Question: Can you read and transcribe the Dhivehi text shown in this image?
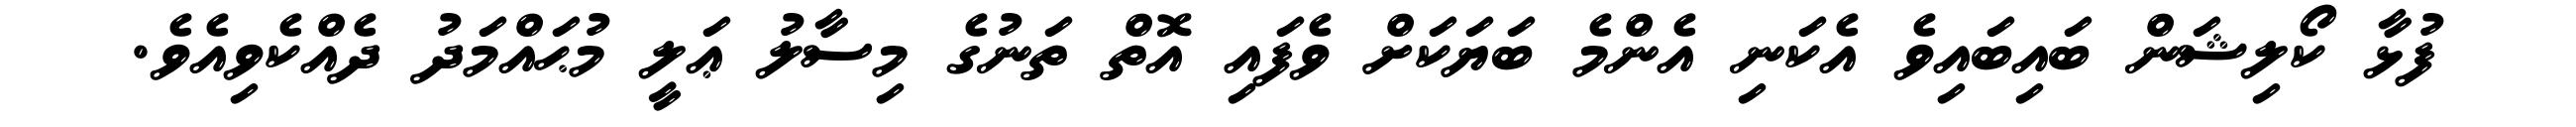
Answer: ފުޅާ ކޯލިޝަން ބައިބައިވެ އެކަނި އެންމެ ބަޔަކަށް ވެފައި އޮތް ތަނުގެ މިސާލު ޢަލީ މުޙައްމަދު ދެއްކެވިއެވެ.